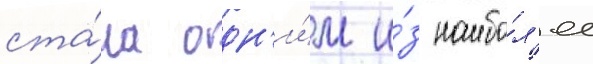
ста́ла одн'и́м и́з наибо́л'ее